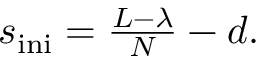
\begin{array} { r } { s _ { \mathrm { i n i } } = \frac { L - \lambda } { N } - d . } \end{array}